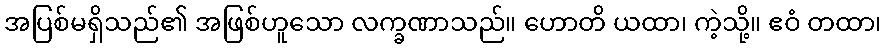
အပြစ်မရှိသည်၏ အဖြစ်ဟူသော လက္ခဏာသည်။ ဟောတိ ယထာ၊ ကဲ့သို့။ ဧဝံ တထာ၊